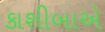
કાશીબાએ